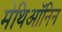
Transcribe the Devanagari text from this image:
मेथिऑनिन